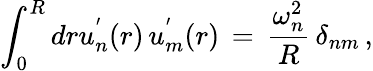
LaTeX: \int_{0}^{R}dru_{n}^{'}(r)\, u_{m}^{'}(r)\, =\, \frac{\omega_{n}^{2}}{R}\, \delta_{nm}\, {,}